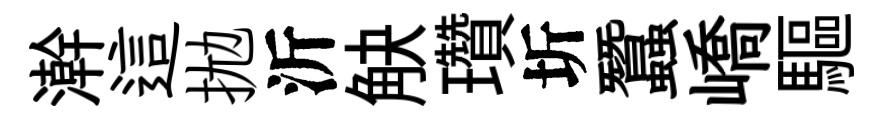
澣這拋沂觖瓚圻蠶嶠驅